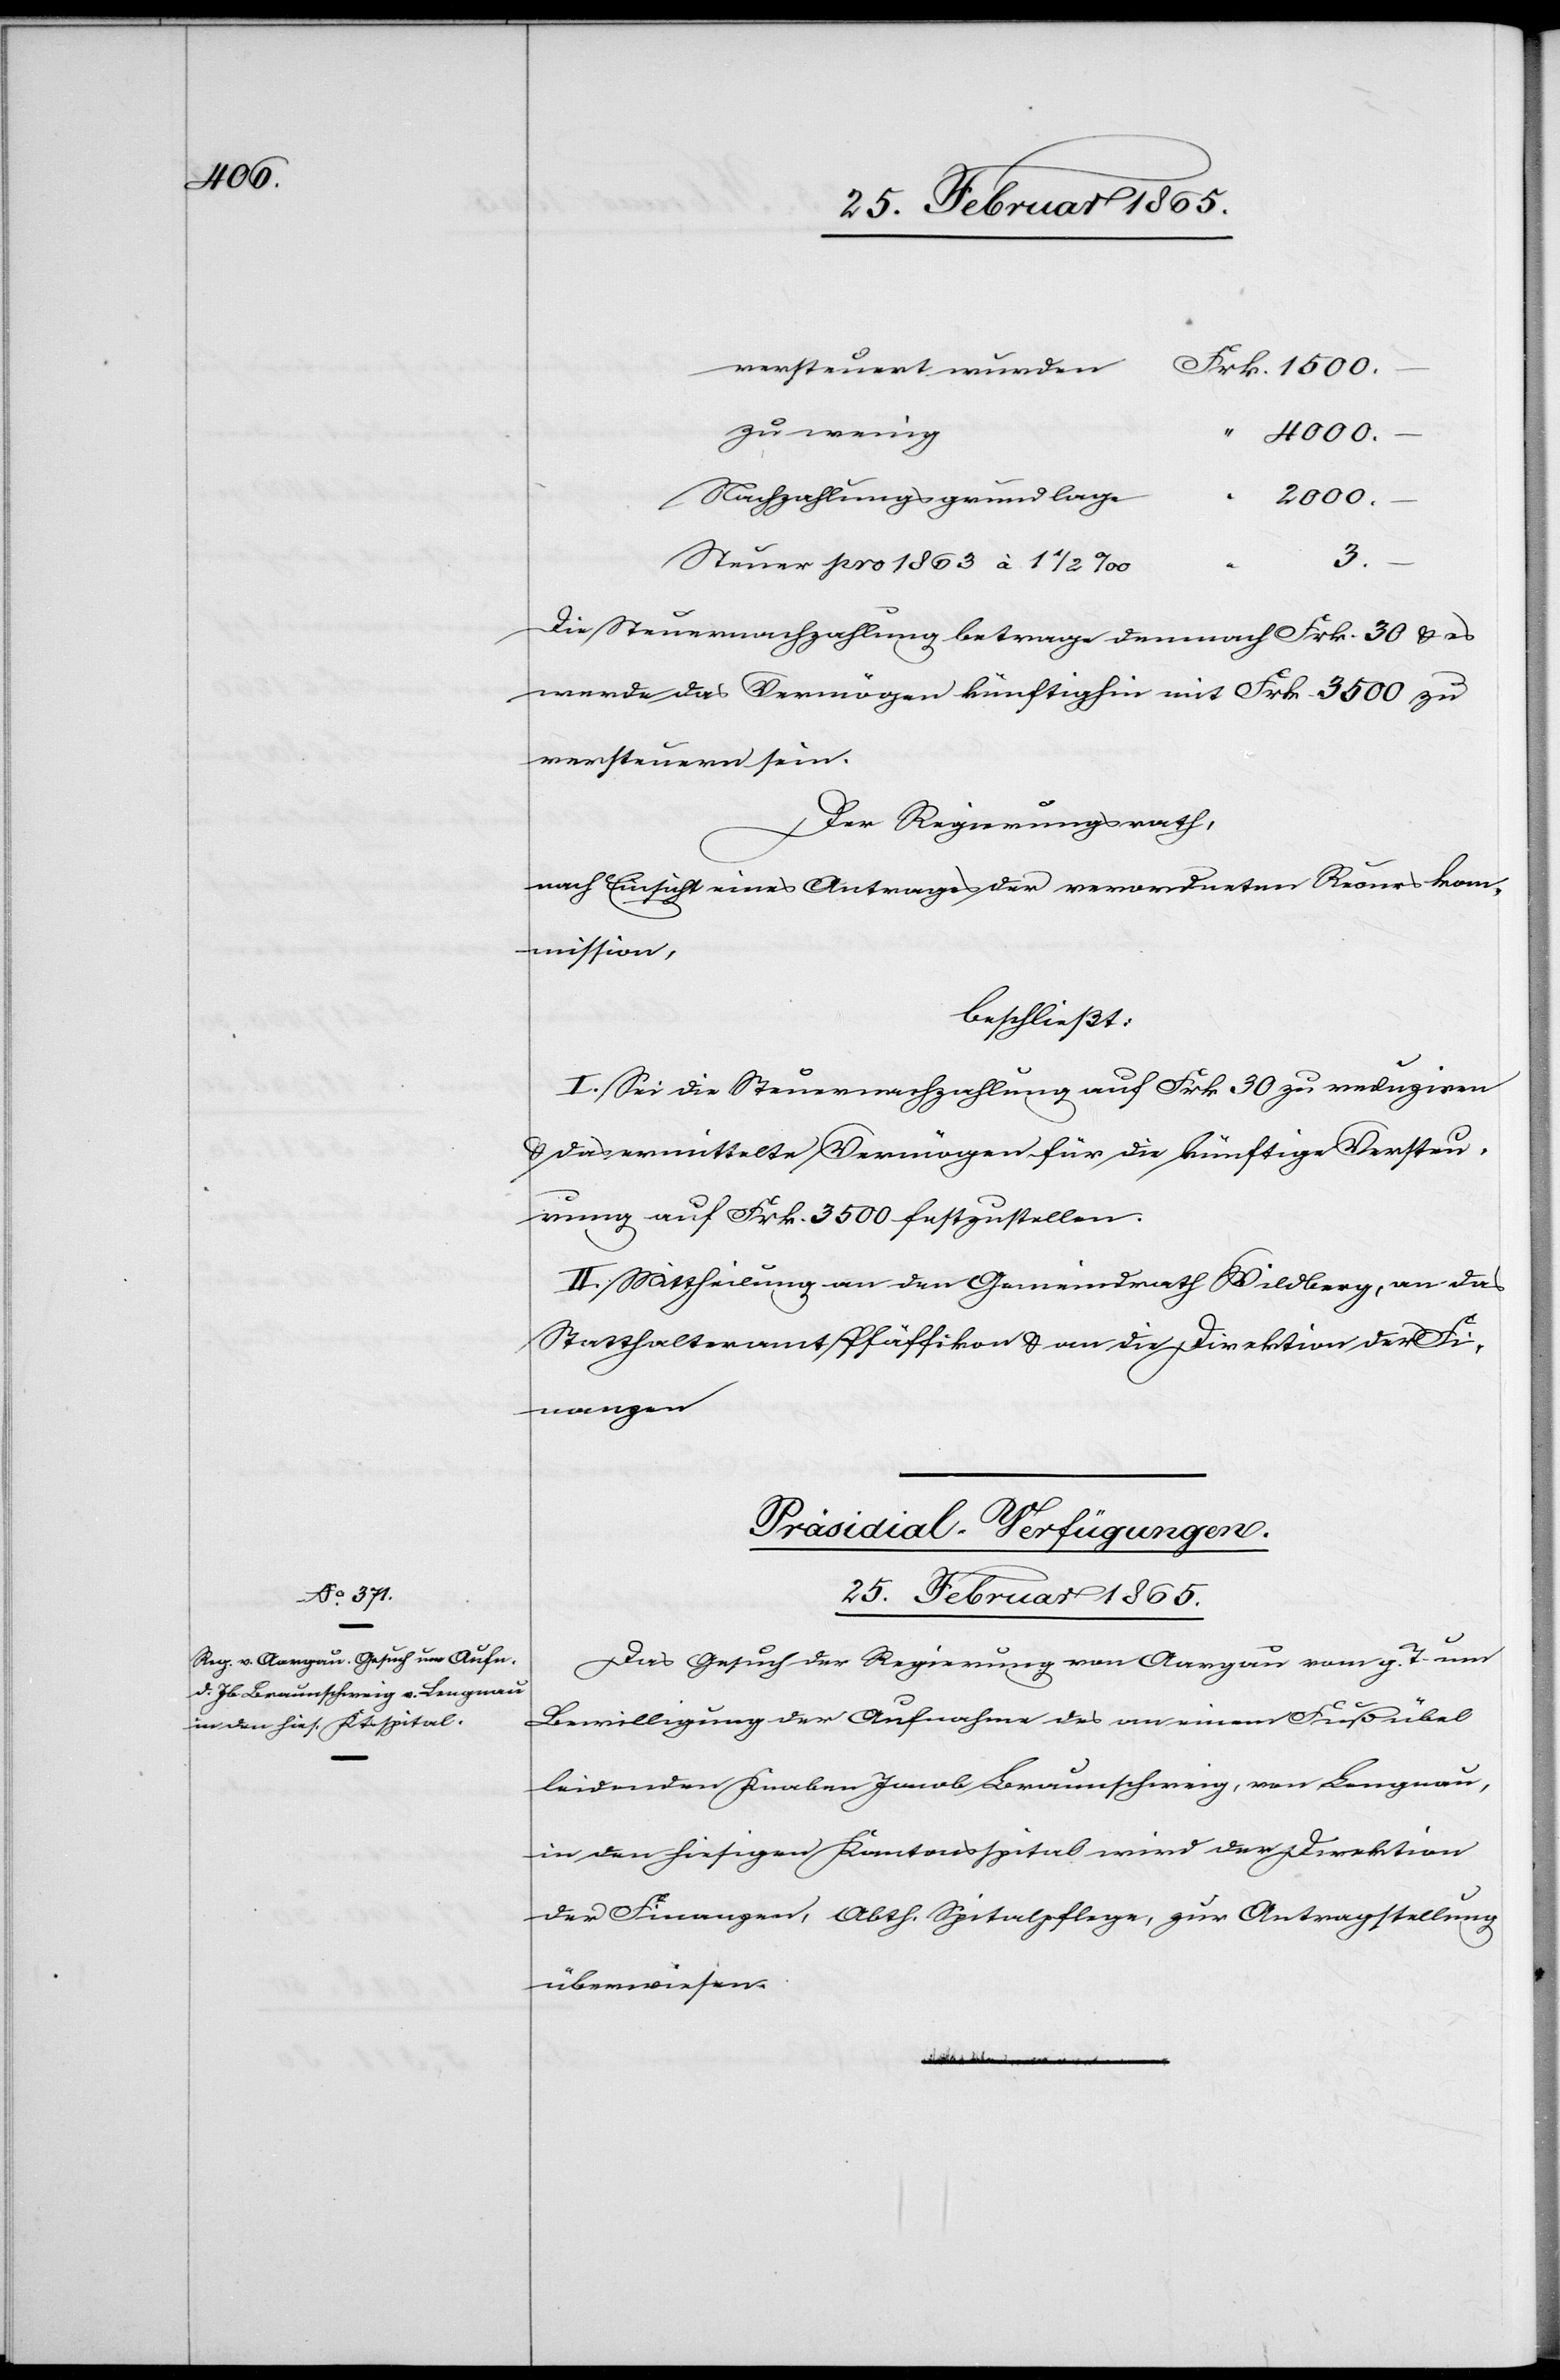
versteuert wurden
zu wenig
4000.
Nachzahlungsgrundlage
2000.
3.
Steuer pro 1863 à 1 ½ ‰
Die Steuernachzahlung betrage demnach Frk. 30 u. es
werde das Vermögen künftighin mit Frk. 3500 zu
versteuern sein.
Der Regierungsrath,
nach Einsicht eines Antrages der verordneten Recurskom¬
mission,
beschließt:
I. Sei die Steuernachzahlung auf Frk. 30 zu reduziren
u. das ermittelte Vermögen für die künftige Versteu¬
rung auf Frk. 3500 festzustellen.
II. Mittheilung an den Gemeindrath Wildberg, an das
Statthalteramt Pfäffikon u. an die Direktion der Fi¬
nanzen.
Präsidial-Verfügungen.
25. Februar 1865.
Das Gesuch der Regierung von Aargau vom g. T. um
Bewilligung der Aufnahme des an einem Fußübel
leidenden Knaben Jacob Braunschweig, von Lengnau,
in den hiesigen Kantonsspital wird der Direktion
der Finanzen, Abth. Spitalpflege, zur Antragstellung
überwiesen.
–